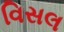
વિસલ